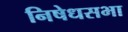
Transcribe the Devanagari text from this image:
निषेधसभा